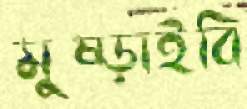
মুষ্‌ড়াইবি